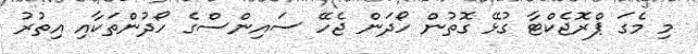
މި މެގަ ޕްރޮޖެކްޓާ ގުޅޭ ގޮތުން ހޯދަން ޖެހޭ ސައިންސްގެ ހޯދުންތަކާއި އިތުރު